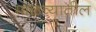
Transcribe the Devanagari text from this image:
माळव्यातील